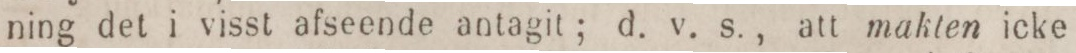
ning det i visst afseende antagit; d. v. s., att makten icke